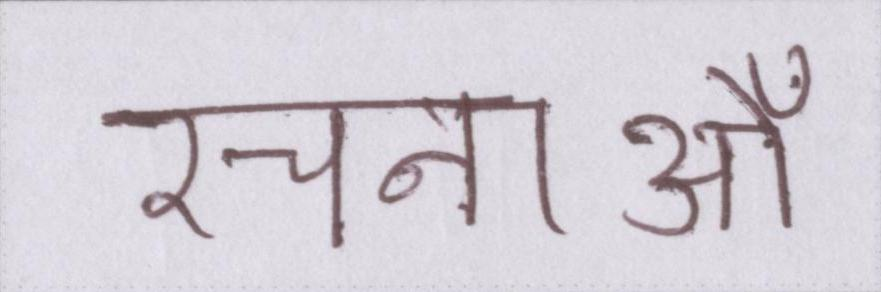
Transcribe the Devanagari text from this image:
रचनाओँ